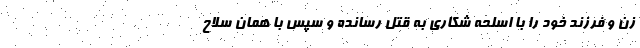
زن و فرزند خود را با اسلحه شکاری به قتل رسانده و سپس با همان سلاح